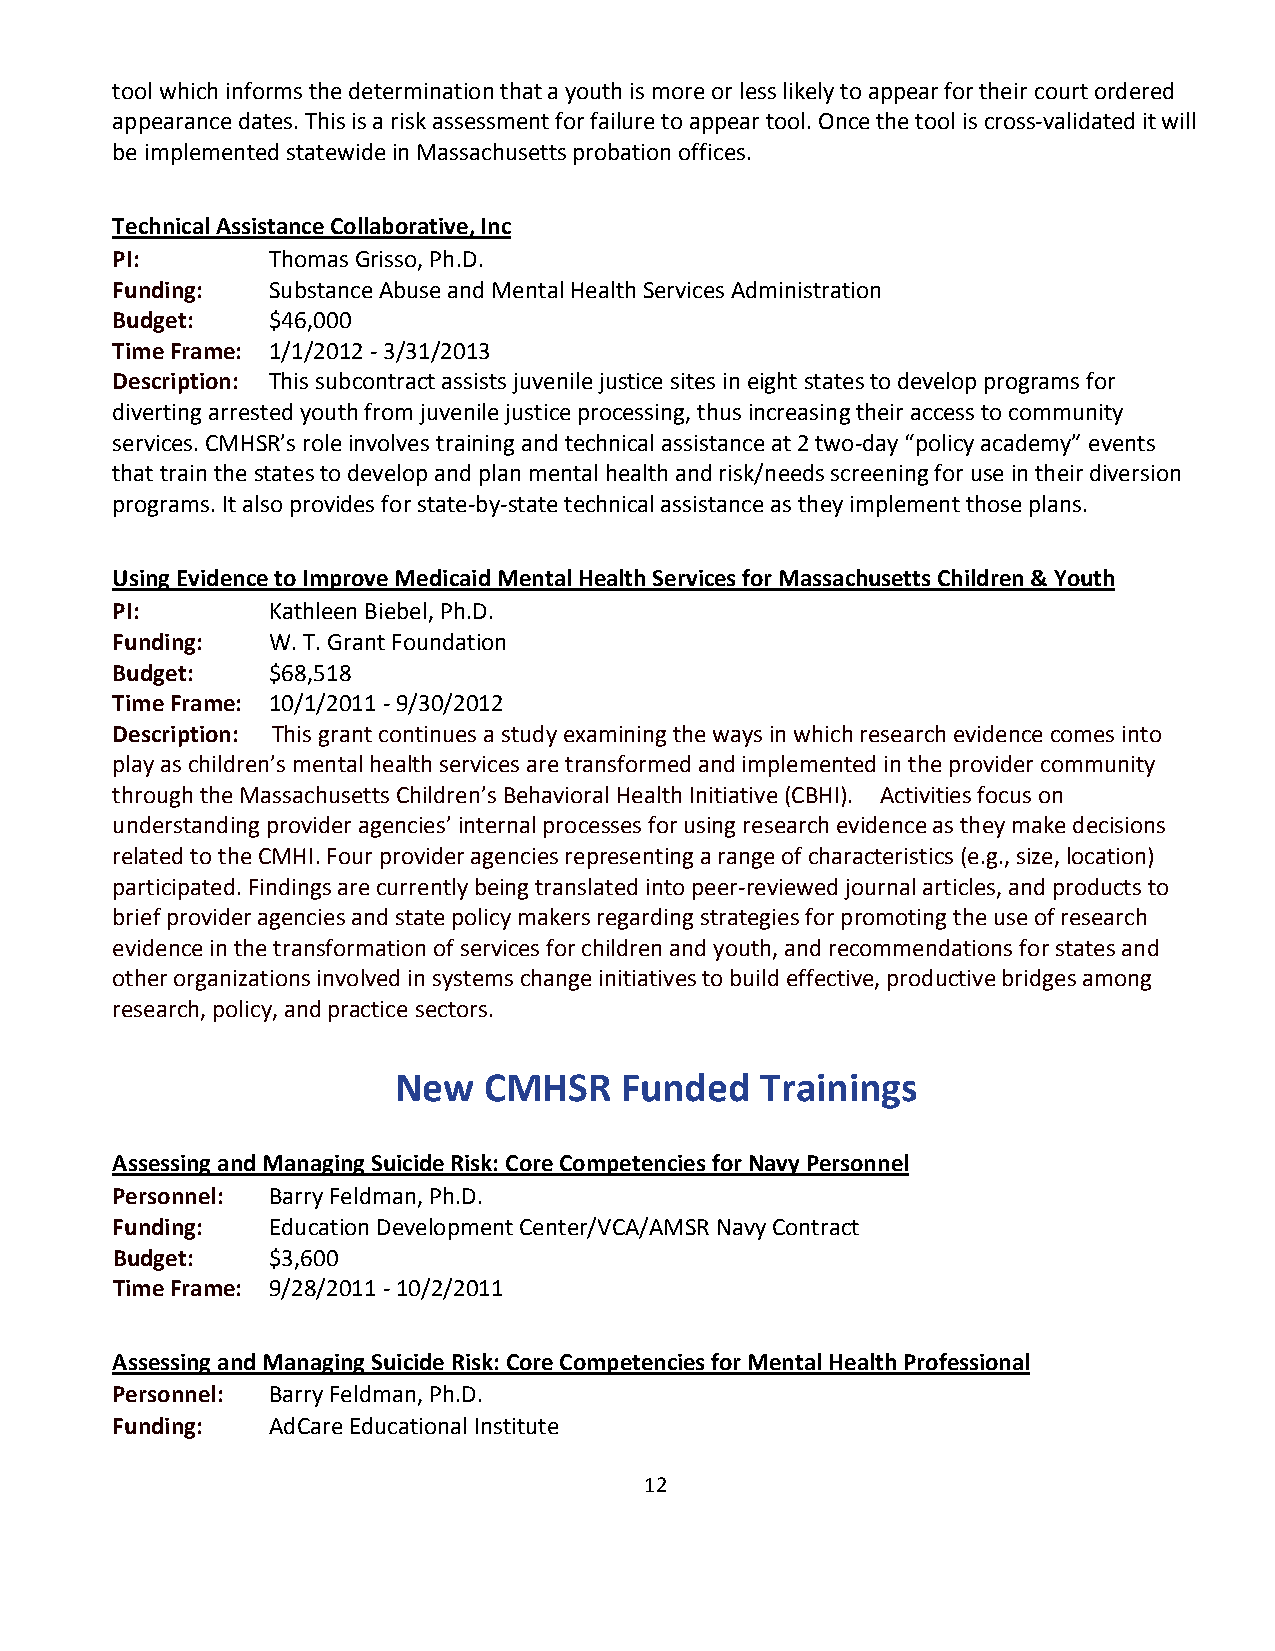
tool which informs the determination that a youth is more or less likely to appear for their court ordered
 appearance dates. This is a risk assessment for failure to appear tool. Once the tool is cross-validated it will
 be implemented statewide in Massachusetts probation offices.
 Technical Assistance Collaborative, Inc
 PI:        Thomas Grisso, Ph.D.
 Funding:   Substance Abuse and Mental Health Services Administration
 Budget:    $46,000
 Time Frame: 1/1/2012 - 3/31/2013
 Description: This subcontract assists juvenile justice sites in eight states to develop programs for
 diverting arrested youth from juvenile justice processing, thus increasing their access to community
 services. CMHSR’s role involves training and technical assistance at 2 two-day “policy academy” events
 that train the states to develop and plan mental health and risk/needs screening for use in their diversion
 programs. It also provides for state-by-state technical assistance as they implement those plans.
 Using Evidence to Improve Medicaid Mental Health Services for Massachusetts Children & Youth
 PI:        Kathleen Biebel, Ph.D.
 Funding:   W. T. Grant Foundation
 Budget:    $68,518
 Time Frame: 10/1/2011 - 9/30/2012
 Description: This grant continues a study examining the ways in which research evidence comes into
 play as children’s mental health services are transformed and implemented in the provider community
 through the Massachusetts Children’s Behavioral Health Initiative (CBHI). Activities focus on
 understanding provider agencies’ internal processes for using research evidence as they make decisions
 related to the CMHI. Four provider agencies representing a range of characteristics (e.g., size, location)
 participated. Findings are currently being translated into peer-reviewed journal articles, and products to
 brief provider agencies and state policy makers regarding strategies for promoting the use of research
 evidence in the transformation of services for children and youth, and recommendations for states and
 other organizations involved in systems change initiatives to build effective, productive bridges among
 research, policy, and practice sectors.
 New   CMHSR    Funded   Trainings
 Assessing and Managing Suicide Risk: Core Competencies for Navy Personnel
 Personnel: Barry Feldman, Ph.D.
 Funding:   Education Development Center/VCA/AMSR Navy Contract
 Budget:    $3,600
 Time Frame: 9/28/2011 - 10/2/2011
 Assessing and Managing Suicide Risk: Core Competencies for Mental Health Professional
 Personnel: Barry Feldman, Ph.D.
 Funding:   AdCare Educational Institute
 12